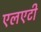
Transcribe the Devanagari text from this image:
एलएटी